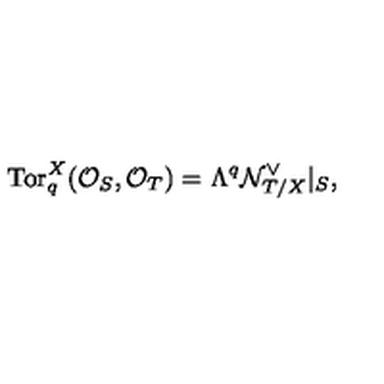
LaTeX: \mathrm { T o r } _ { q } ^ { X } ( { \cal O } _ { S } , { \cal O } _ { T } ) = \Lambda ^ { q } { \cal N } _ { T / X } ^ { \vee } | _ { S } ,